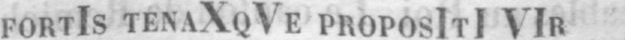
FORTIS TENAXQVE PROPOSITI VIR